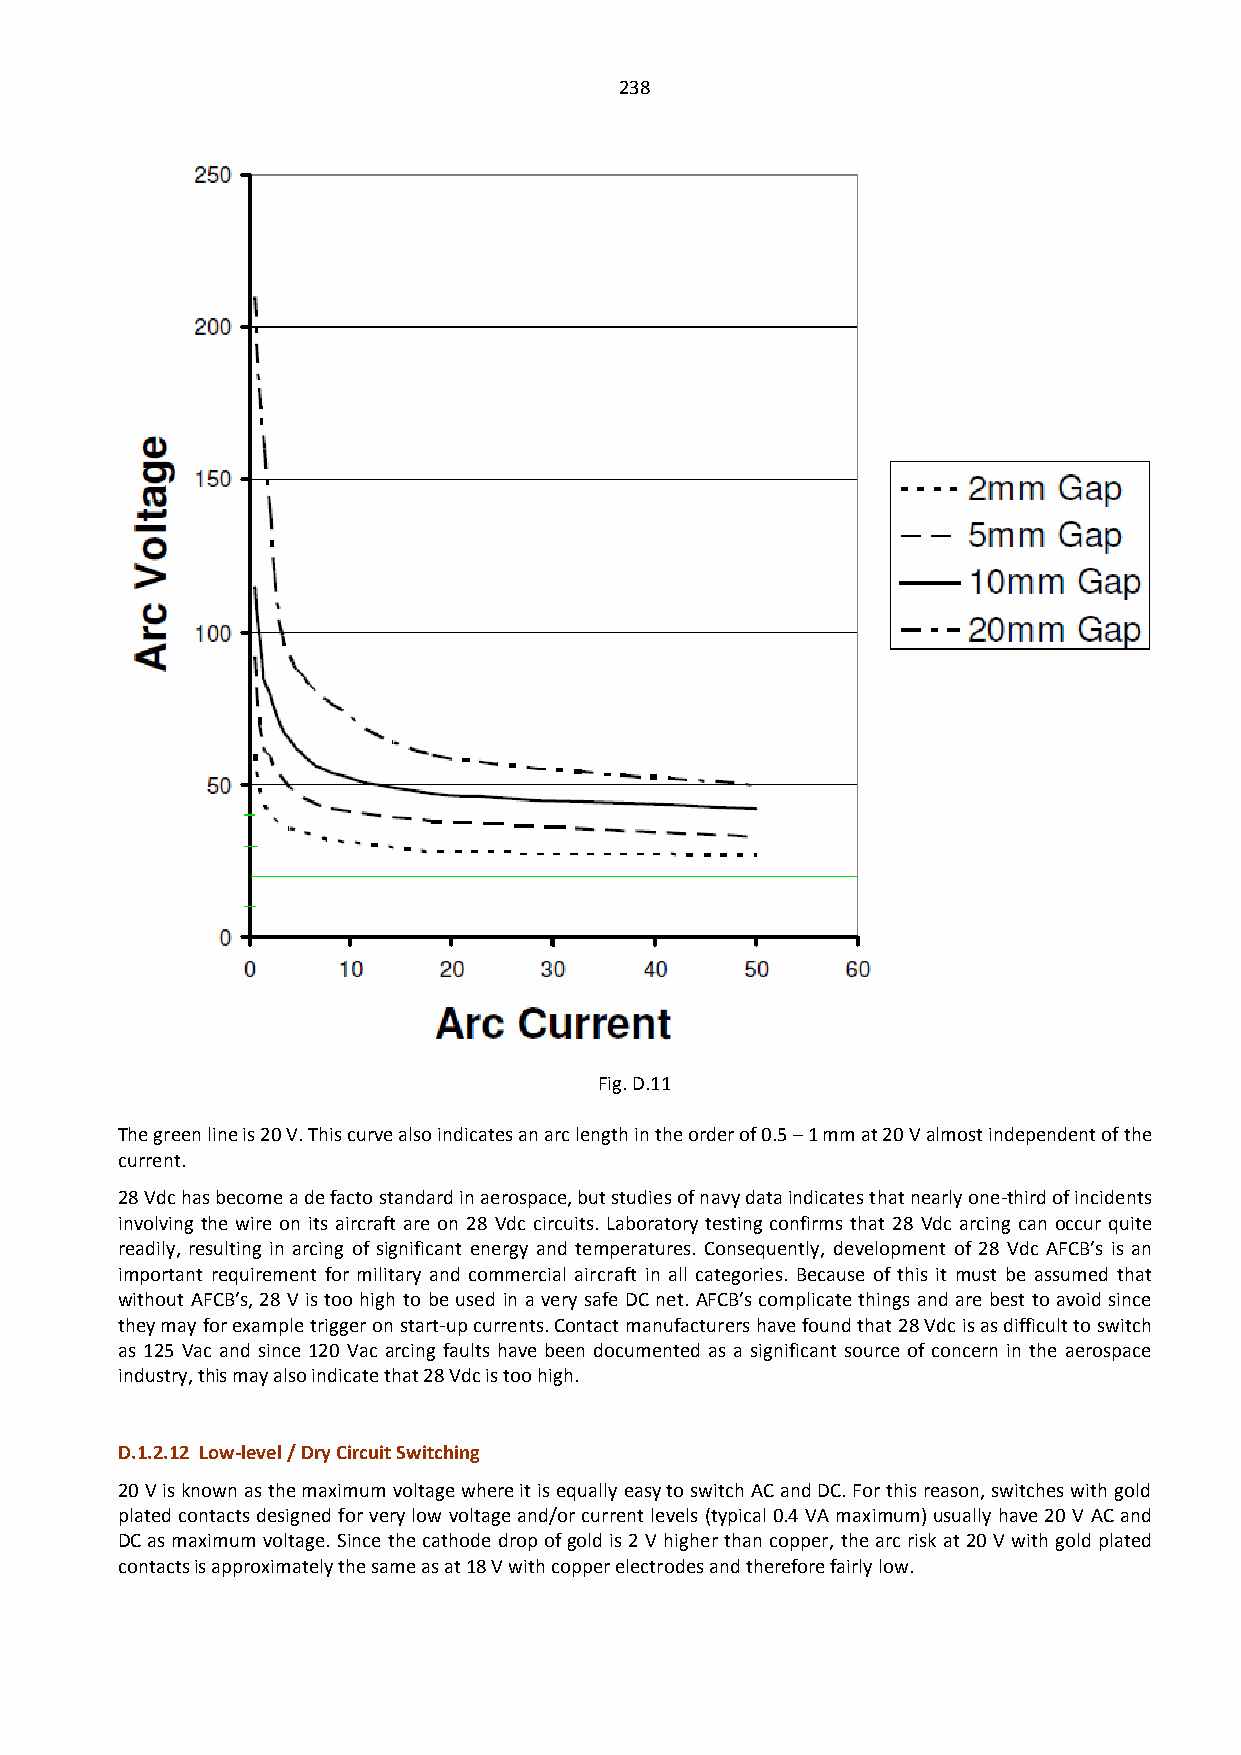
238
 Fig. D.11
 The green line is 20 V. This curve also indicates an arc length in the order of 0.5 – 1 mm at 20 V almost independent of the
 current.
 28 Vdc has become a de facto standard in aerospace, but studies of navy data indicates that nearly one-third of incidents
 involving the wire on its aircraft are on 28 Vdc circuits. Laboratory testing confirms that 28 Vdc arcing can occur quite
 readily, resulting in arcing of significant energy and temperatures. Consequently, development of 28 Vdc AFCB’s is an
 important requirement for military and commercial aircraft in all categories. Because of this it must be assumed that
 without AFCB’s, 28 V is too high to be used in a very safe DC net. AFCB’s complicate things and are best to avoid since
 they may for example trigger on start-up currents. Contact manufacturers have found that 28 Vdc is as difficult to switch
 as 125 Vac and since 120 Vac arcing faults have been documented as a significant source of concern in the aerospace
 industry, this may also indicate that 28 Vdc is too high.
 D.1.2.12 Low-level / Dry Circuit Switching
 20 V is known as the maximum voltage where it is equally easy to switch AC and DC. For this reason, switches with gold
 plated contacts designed for very low voltage and/or current levels (typical 0.4 VA maximum) usually have 20 V AC and
 DC as maximum voltage. Since the cathode drop of gold is 2 V higher than copper, the arc risk at 20 V with gold plated
 contacts is approximately the same as at 18 V with copper electrodes and therefore fairly low.